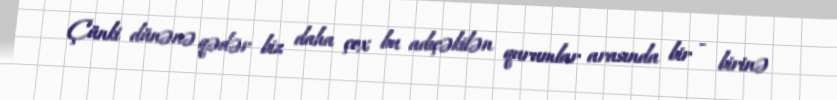
Çünki dünənə qədər biz daha çox bu adıçəkilən qurumlar arasında bir - birinə